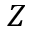
Z